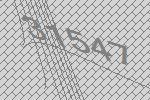
31547